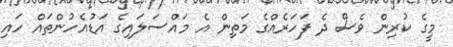
މީގެ ކުރިން ވެސް ދެ ފަހަރެއްގެ މަތިން އެ މައްސަލައިގެ އަޑުއެހުންތައް ހައި